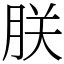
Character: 朕